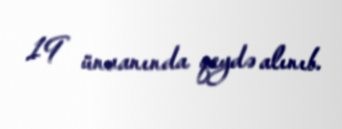
19 ünvanında qeydə alınıb.